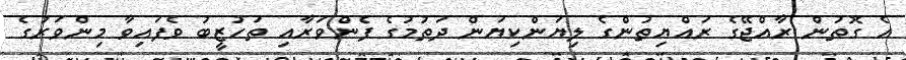
އެ ގޮތުން ރާއްޖޭގެ ރައްޔިތުންގެ ލިޔަންކިޔަން ދަތުމުގެ ފެންވަރާއި ތަހުޒީބު ވެފައިވާ މިންވަރުގެ